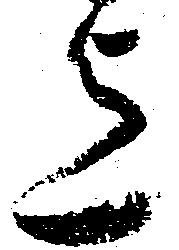
迄